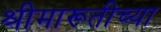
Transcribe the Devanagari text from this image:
श्रीमारूतीच्या